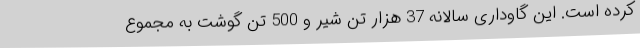
کرده است. این گاوداری سالانه 37 هزار تن شیر و 500 تن گوشت به مجموع